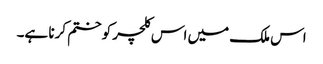
اس ملک میں اس کلچر کو ختم کرنا ہے۔